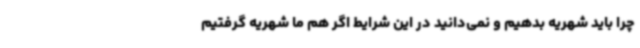
چرا باید شهریه بدهیم و نمی‌دانید در این شرایط اگر هم ما شهریه گرفتیم